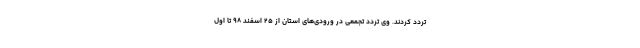
تردد کردند. وی تردد تجمعی در ورودی‌های استان از ۲۵ اسفند ۹۸ تا اول